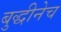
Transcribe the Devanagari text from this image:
बुद्धीनेच